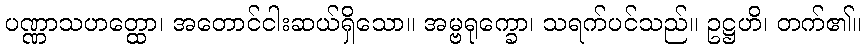
ပဏ္ဏာသဟတ္ထော၊ အတောင်ငါးဆယ်ရှိသော။ အမ္ဗရုက္ခော၊ သရက်ပင်သည်။ ဥဋ္ဌဟိ၊ တက်၏။